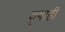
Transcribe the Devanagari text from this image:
वृषाही